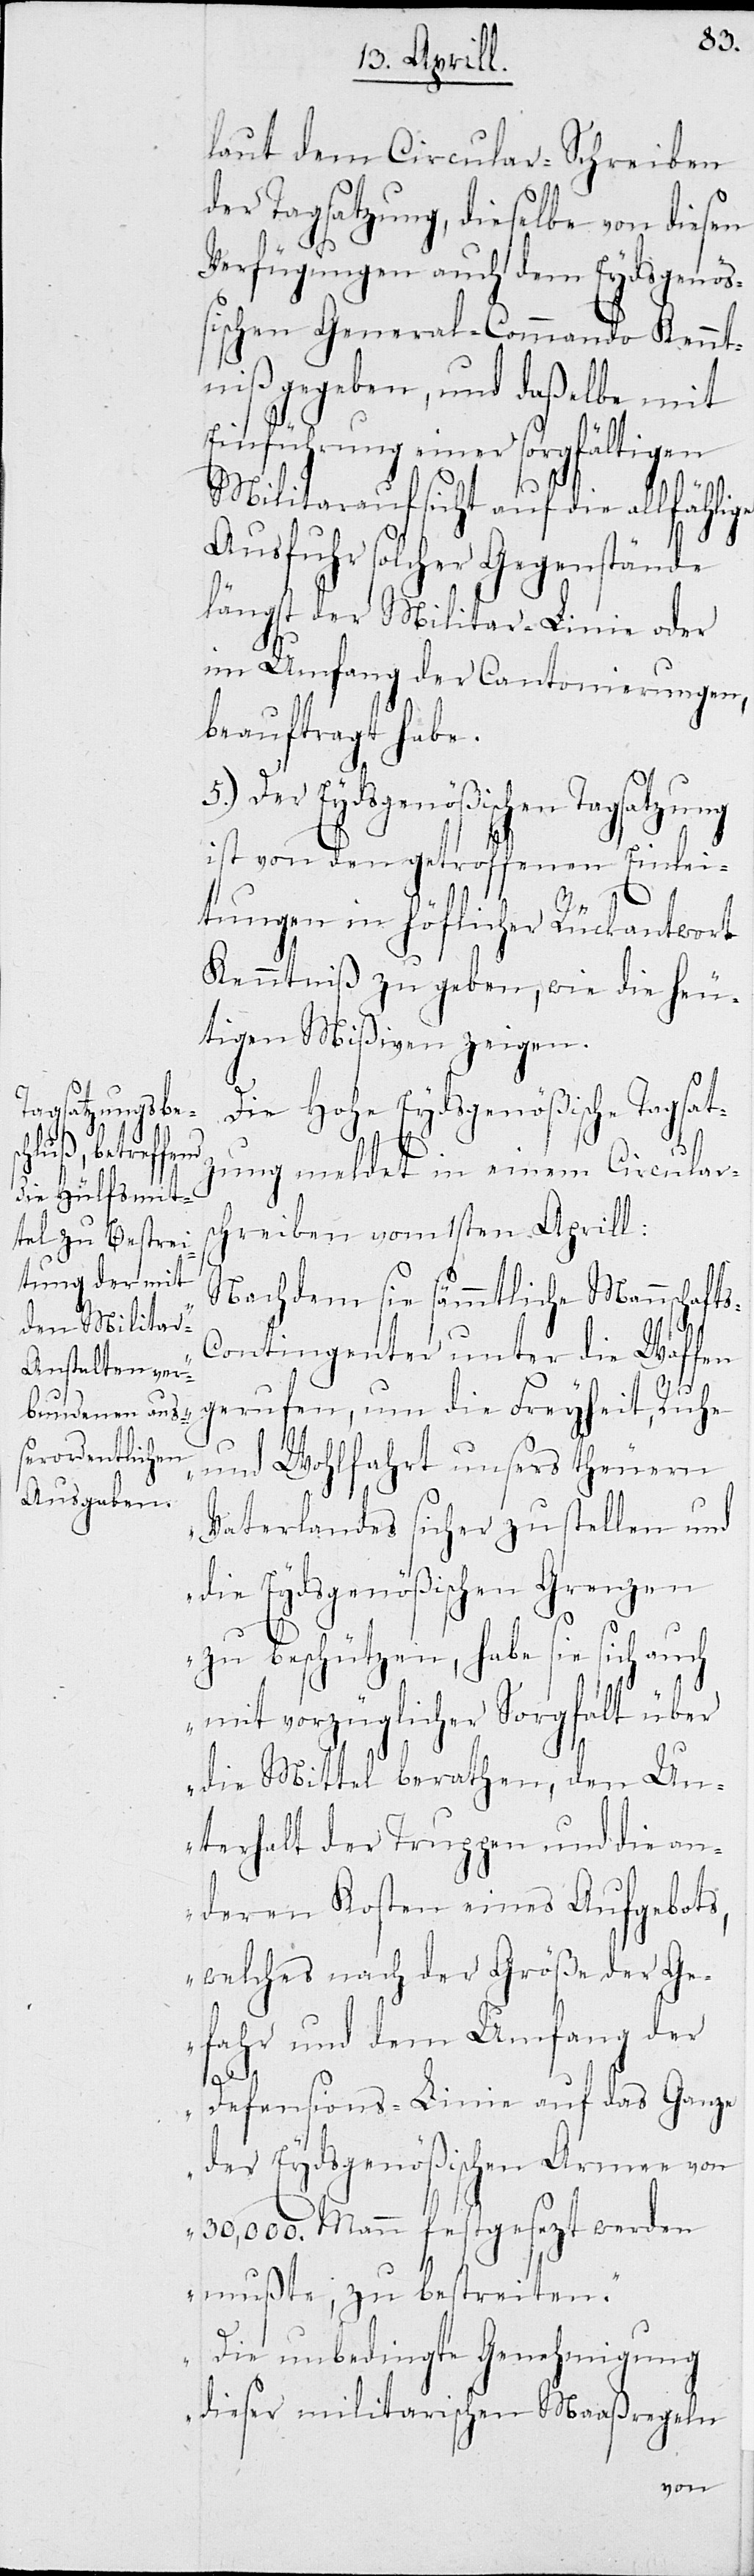
laut dem Circular-Schreiben
der Tagsatzung, dieselbe von diesen
Verfügungen auch dem Eydsgenöß¬
ischen General-Commando Kennt¬
niß gegeben, und dasselbe mit
Einführung einer sorgfältigen
Militar-Aufsicht auf die allfählige
Ausfuhr solcher Gegenstände
längst der Militar-Linie oder
im Umfang der Cantonierungen,
beauftragt habe.
5.) Der Eydsgenößischen Tagsatzung
ist von den getroffenen Einlei¬
tungen in höflicher Rückantwort
Kenntniß zu geben, wie die heu¬
tigen Mißiven zeigen.
Die Hohe Eydsgenößische Tagsatz¬
ung meldet in einem Circulars¬
chreiben vom 1sten Aprill:
„Nachdem sie sämmtliche Mannschaft¬
s-Contingenter unter die Waffen
gerufen, um die Freyheit, Ruhe
und Wohlfahrt unsers theuern
Vaterlandes sicher zu stellen und
die Eydsgenößischen Grenzen
zu beschützen, habe sie sich auch
mit vorzüglicher Sorgfalt über
die Mittel berathen, den Un¬
terhalt der Truppen und die an¬
deren Kosten eines Aufgebots,
welches nach der Größe der Ge¬
fahr und dem Umfang der
Defensions-Linie auf das Ganze
der Eydsgenößischen Armee von
30,000. Mann festgesetzt werden
mußte, zu bestreiten.
Die unbedingte Genehmigung
dieser militarischen Maaßregeln